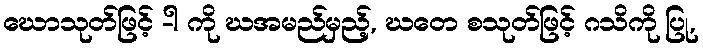
ဃောသုတ်ဖြင့် -ါ ကို ဃအမည်မှည့်, ဃတေ စသုတ်ဖြင့် ဂသိကို ပြု,